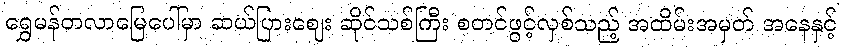
ရွှေမန်တလာမြေပေါ်မှာ ဆယ်ပြားစျေး ဆိုင်သစ်ကြီး စတင်ဖွင့်လှစ်သည့် အထိမ်းအမှတ် အနေနှင့်